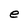
Character: e